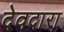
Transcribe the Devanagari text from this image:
देवदारा